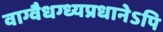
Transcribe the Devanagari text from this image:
वाग्वैधग्ध्यप्रधानेऽपि